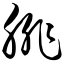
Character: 腓